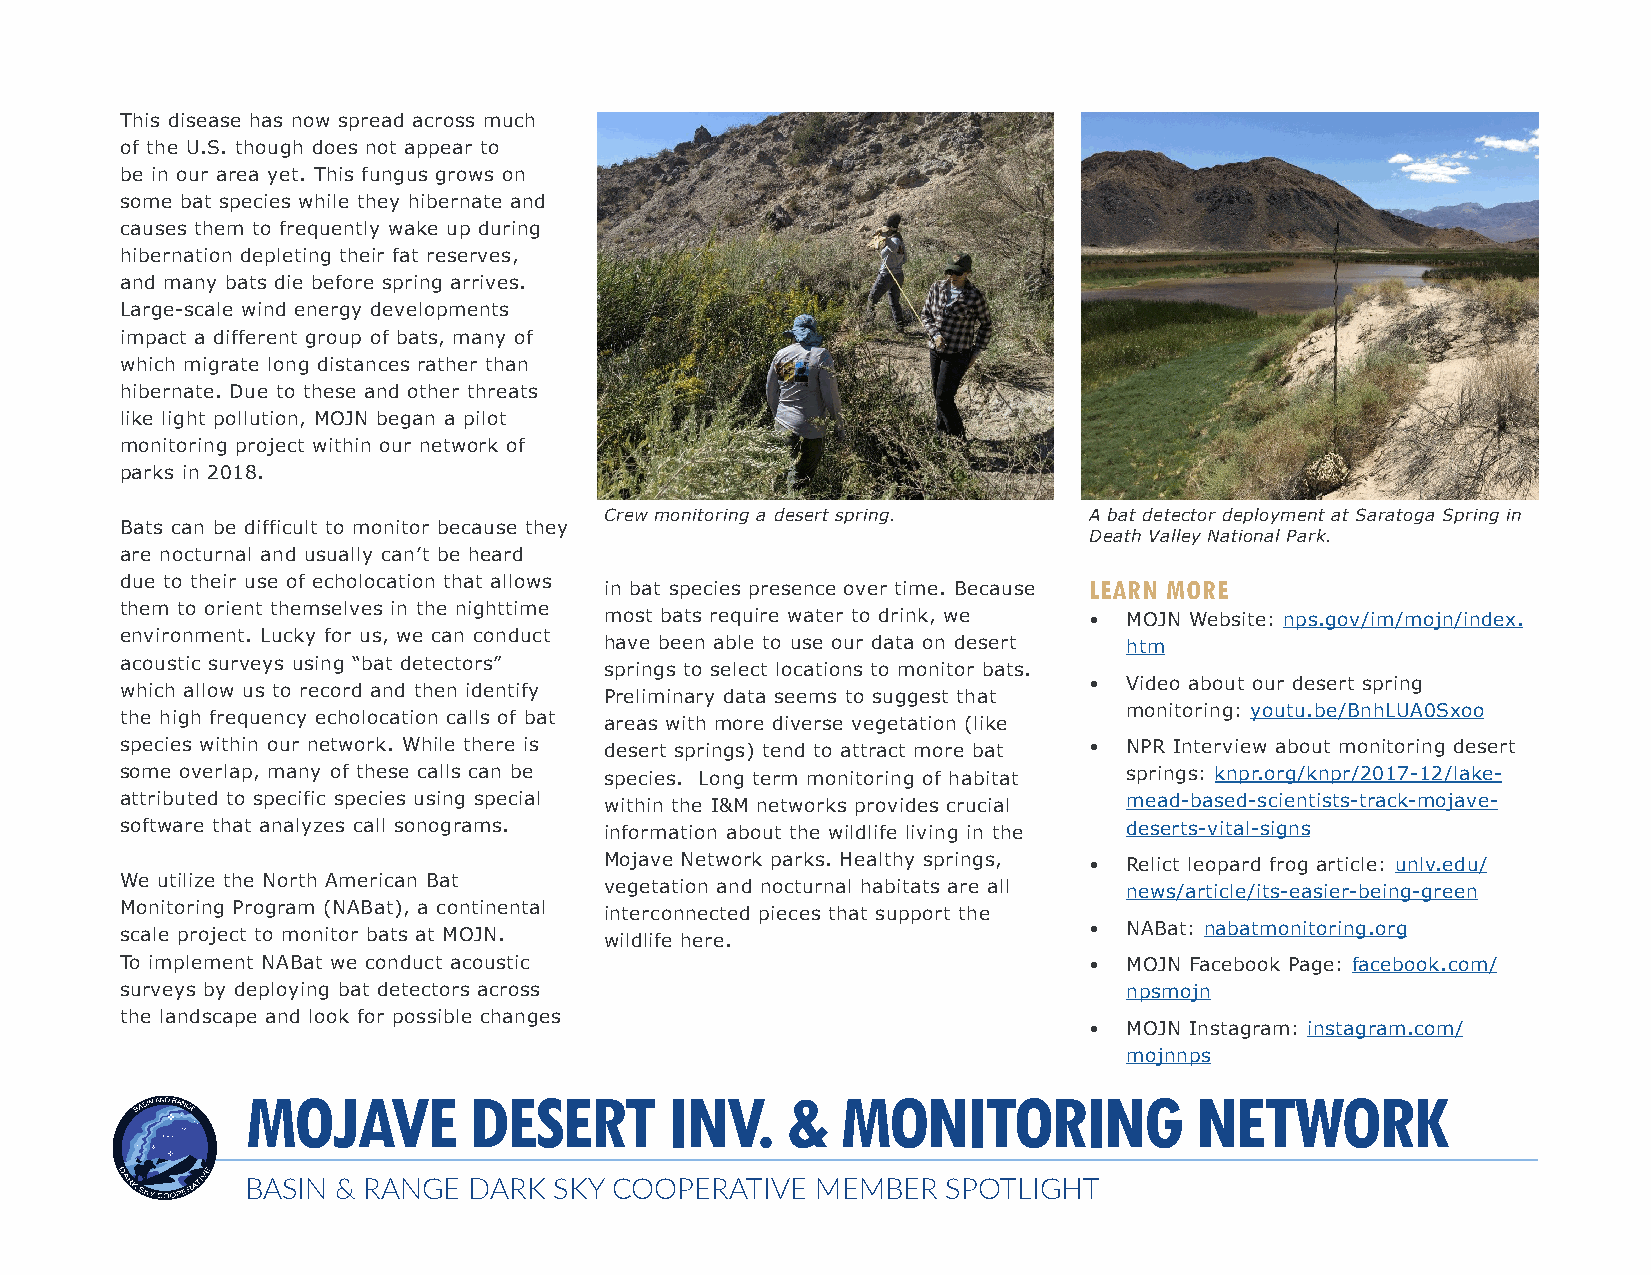
This disease has now spread across much
 of the U.S. though does not appear to
 be in our area yet. This fungus grows on
 some bat species while they hibernate and
 causes them to frequently wake up during
 hibernation depleting their fat reserves,
 and many bats die before spring arrives.
 Large-scale wind energy developments
 impact a different group of bats, many of
 which migrate long distances rather than
 hibernate. Due to these and other threats
 like light pollution, MOJN began a pilot
 monitoring project within our network of
 parks in 2018.
 Crew monitoring a desert spring. A bat detector deployment at Saratoga Spring in
 Bats can be difficult to monitor because they
 Death Valley National Park.
 are nocturnal and usually can’t be heard
 due to their use of echolocation that allows in bat species presence over time. Because LEARN MORE
 them to orient themselves in the nighttime
 most bats require water to drink, we • MOJN Website: nps.gov/im/mojn/index.
 environment. Lucky for us, we can conduct
 have been able to use our data on desert htm
 acoustic surveys using “bat detectors”
 springs to select locations to monitor bats.
 •  Video about our desert spring
 which allow us to record and then identify
 Preliminary data seems to suggest that
 monitoring: youtu.be/BnhLUA0Sxoo
 the high frequency echolocation calls of bat
 areas with more diverse vegetation (like
 species within our network. While there is desert springs) tend to attract more bat • NPR Interview about monitoring desert
 some overlap, many of these calls can be species. Long term monitoring of habitat springs: knpr.org/knpr/2017-12/lake-
 attributed to specific species using special within the I&M networks provides crucial mead-based-scientists-track-mojave-
 software that analyzes call sonograms. information about the wildlife living in the deserts-vital-signs
 Mojave Network parks. Healthy springs, • Relict leopard frog article: unlv.edu/
 We utilize the North American Bat vegetation and nocturnal habitats are all news/article/its-easier-being-green
 Monitoring Program (NABat), a continental interconnected pieces that support the
 •  NABat: nabatmonitoring.org
 scale project to monitor bats at MOJN. wildlife here.
 To implement NABat we conduct acoustic                          •  MOJN Facebook Page: facebook.com/
 surveys by deploying bat detectors across                          npsmojn
 the landscape and look for possible changes
 •  MOJN Instagram: instagram.com/
 mojnnps
 MOJAVE         DESERT       INV.    &   MONITORING             NETWORK
 BASIN & RANGE  DARK  SKY COOPERATIVE  MEMBER   SPOTLIGHT